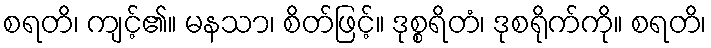
စရတိ၊ ကျင့်၏။ မနသာ၊ စိတ်ဖြင့်။ ဒုစ္စရိတံ၊ ဒုစရိုက်ကို။ စရတိ၊